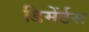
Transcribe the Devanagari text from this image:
डिमेंर्टस